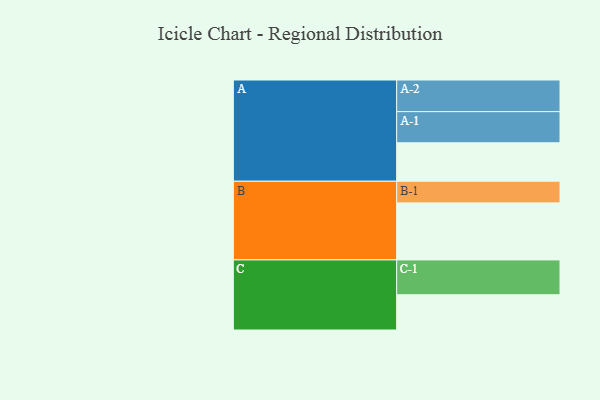
{"axis": {"x": "Segment", "y": "Value"}, "legend": ["", "A", "B", "C"], "data": [{"x": "A", "y": 327, "type": ""}, {"x": "B", "y": 485, "type": ""}, {"x": "C", "y": 300, "type": ""}, {"x": "A-1", "y": 265, "type": "A"}, {"x": "A-2", "y": 269, "type": "A"}, {"x": "B-1", "y": 184, "type": "B"}, {"x": "C-1", "y": 296, "type": "C"}]}